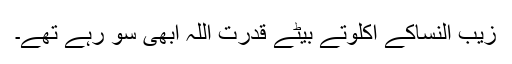
زیب النساکے اکلوتے بیٹے قدرت اللہ ابھی سو رہے تھے۔